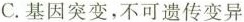
C.基因突变，不可遗传变异